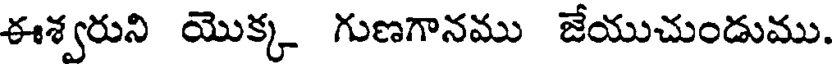
ఈశ్వరుని యొక్క గుణగానము జేయుచుండుము.